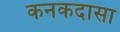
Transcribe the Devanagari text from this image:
कनकदासा